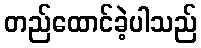
တည်ထောင်ခဲ့ပါသည်